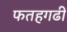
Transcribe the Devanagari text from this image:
फतहगढी